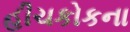
હીચકોકના